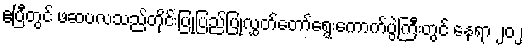
ဧပြီတွင် ဖဆပလသည်တိုင်းပြုပြည်ပြုလွှတ်တော်ရွေးကောက်ပွဲကြီးတွင် နေရာ ၂၀၂